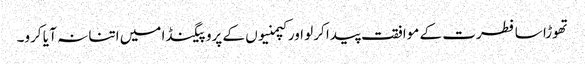
تھوڑا سا فطرت کے موافقت پیدا کرلو اور کپمنیوں کے پروپیگنڈا میں اتنا نہ آ یا کرو۔